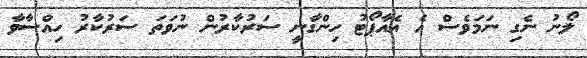
ލޯނު ނެގި ނަމަވެސް އެ އެއާޕޯޓު ހިންގާނީ ސަރުކާރުން ނުވަތަ ސަރުކާރު ހިއްސާވާ